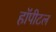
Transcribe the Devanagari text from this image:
हॉपीटल